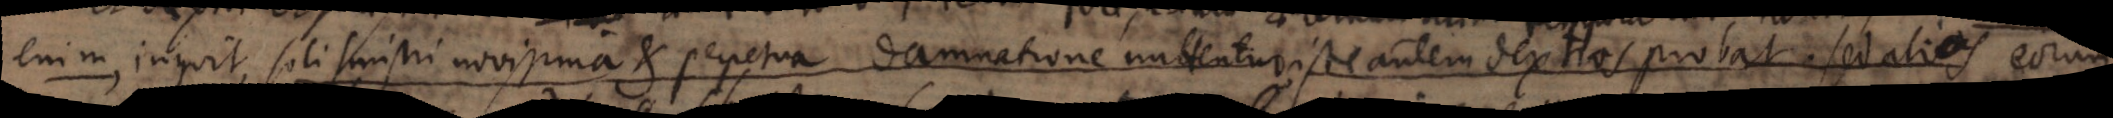
enim, inquit, soli sinistri novissima et perpetua damnatione mittentur, iste autem dextros probat, sed alios eorum